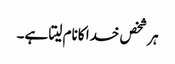
ہر شخص خدا کانام لیتا ہے۔